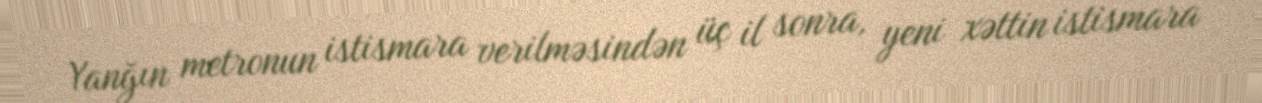
Yanğın metronun istismara verilməsindən üç il sonra, yeni xəttin istismara